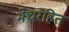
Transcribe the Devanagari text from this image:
मेघरहित